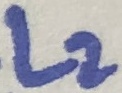
Text: L2